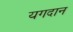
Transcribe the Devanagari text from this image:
यगदान